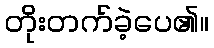
တိုးတက်ခဲ့ပေ၏။